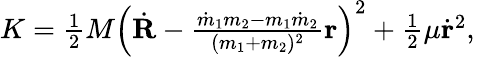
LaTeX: \begin{array}{r}{K={\frac{1}{2}}M\left(\dot{\mathbf R}-\frac{\dot{m}_{1}m_{2}-m_{1}\dot{m}_{2}}{(m_{1}+m_{2})^{2}}{\mathbf r}\right)^{2}+{\frac{1}{2}}\mu\dot{\mathbf r}^{2},\quad}\end{array}